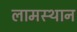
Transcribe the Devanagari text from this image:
लामस्थान